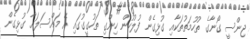
ޖިންސީ ގޯނާގެ ތުހުމަތުތަކާއި ގުޅިގެން ފުލުހުން ހިންގި ތަހުގީގުގައި އެ މައްސަލައާ ގުޅިގެން